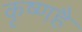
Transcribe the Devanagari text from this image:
कृष्णहै